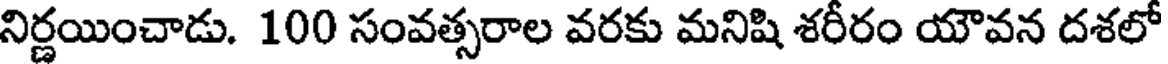
నిర్ణయించాడు. 100 సంవత్సరాల వరకు మనిషి శరీరం యౌవన దశలో